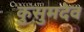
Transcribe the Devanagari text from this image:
कुसुमदेव